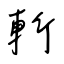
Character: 斬